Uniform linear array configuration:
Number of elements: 16
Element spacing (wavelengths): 1
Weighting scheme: kaiser
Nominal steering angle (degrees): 15
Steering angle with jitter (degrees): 15.324
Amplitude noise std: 0.05
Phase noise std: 0.05

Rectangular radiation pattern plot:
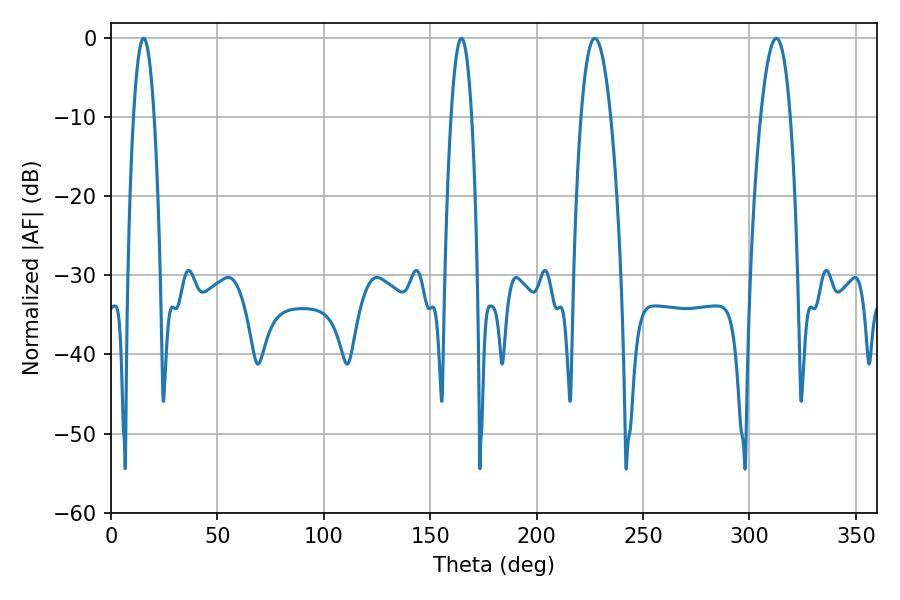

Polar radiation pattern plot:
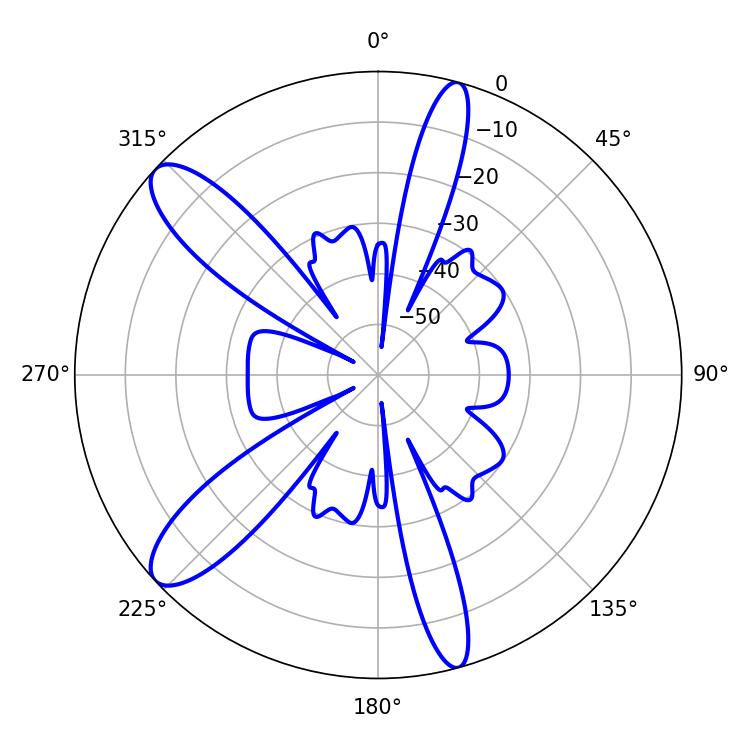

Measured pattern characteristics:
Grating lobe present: TRUE
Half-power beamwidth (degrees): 7.56
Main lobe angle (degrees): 227.34